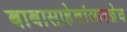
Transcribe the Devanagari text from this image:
बाबासाहेबांसारखेच